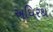
અધિરથ